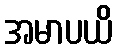
အမာပယိ